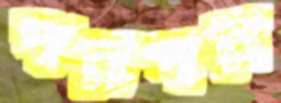
পরপর